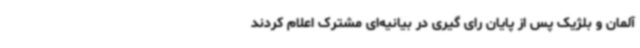
آلمان و بلژیک پس از پایان رای گیری در بیانیه‌ای مشترک اعلام کردند